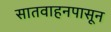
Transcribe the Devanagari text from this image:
सातवाहनपासून